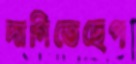
দাগিতেছেপ